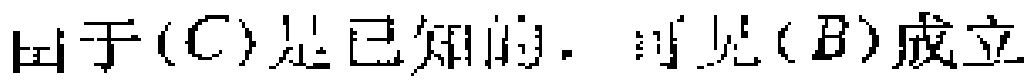
由于\((C)\)是已知的，可见\((B)\)成立